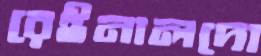
রেইনালদো